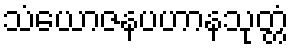
သံယောဇနပဟာနသုတ္တံ